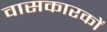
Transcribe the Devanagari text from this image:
वासकारकों